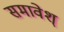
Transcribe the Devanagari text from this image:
समावेश्